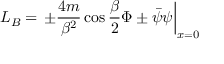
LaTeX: L _ { B } = \left. \pm \frac { 4 m } { \beta ^ { 2 } } \cos \frac { \beta } { 2 } \Phi \pm \bar { \psi } \psi \right| _ { x = 0 }